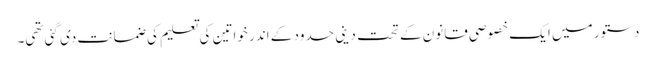
دستور میں ایک خصوصی قانون کے تحت دینی حدود کے اندر خواتین کی تعلیم کی ضمانت دی گئی تھی۔